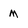
Character: M